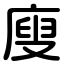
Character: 廋